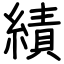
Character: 績